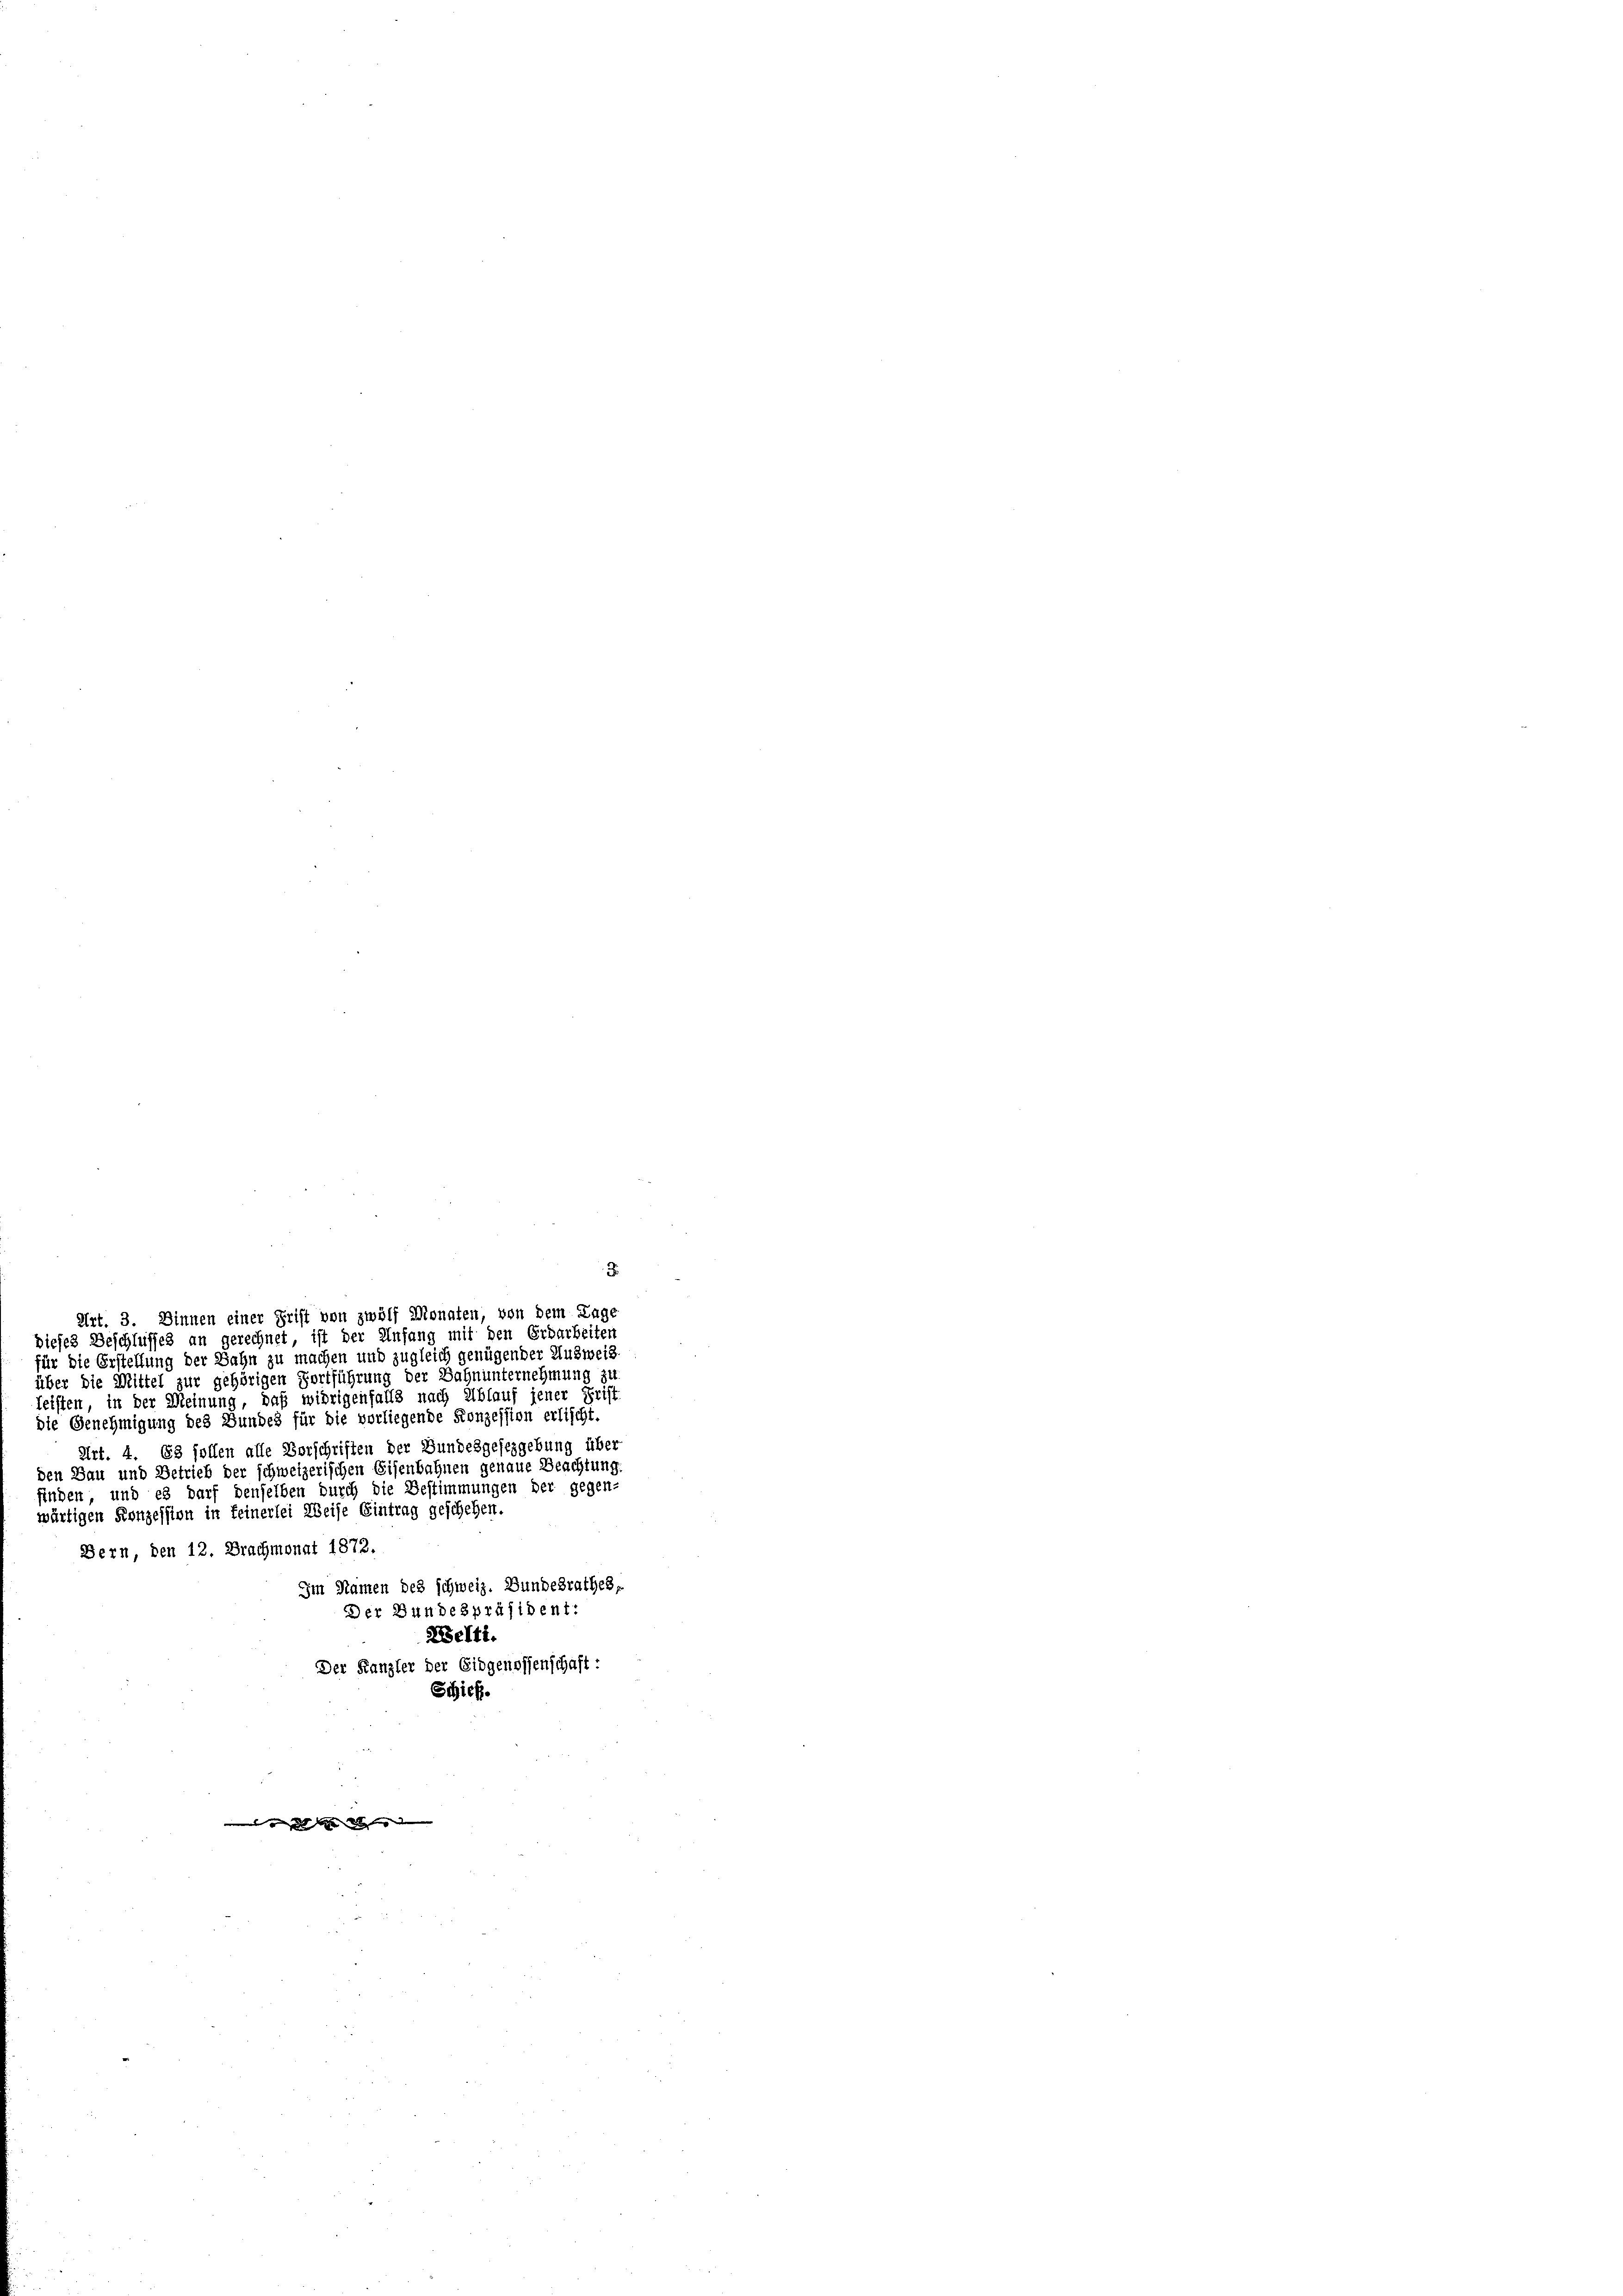
ms an die da

ür die Erstellung der Bahn zu machen und zugleich genügender Ausweis
über die Mittel zur gehörigen Fortführung der Bahnunternehmung zu
leisten, in der Meinung, daß widrigenfalls nach Ablauf jener Frist
die Genehmigung des Bundes für die vorliegende Konzession erlischt.
Art. 4. 63 sollen alle Vorschriften der Bundesgesezgebung über
den Bau und Betrieb der schweizerischen Eisenbahnen genaue Beachtung.
finden, und es darf denselben durch die Bestimmungen der gegen-
wärtigen Konzession in feinerlei Weise Eintrag geschehen.
Bern, den 12. Brachmonat 1872.
Im Namen des schweiz. Bundesrathes,
Der Bundespräsident:
Kelti.
Der Kanzler der Eidgenossenschaft:
Schief

Art. 3. Dinnen einer Frist von zwölf Monaten, von dem Lage
dieses Beschlusses an gerechnet, ist der Anfang mit den Erdarbeiten